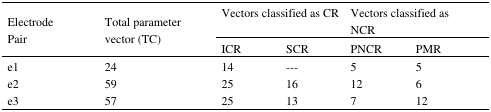
<table><thead><tr><td rowspan="3"><b>Electrode Pair</b></td><td rowspan="3"><b>Total parameter vector (TC)</b></td><td colspan="2"><b>Vectors classified as CR</b></td><td colspan="2"><b>Vectors classified as NCR</b></td></tr><tr><td><b>ICR</b></td><td><b>SCR</b></td><td><b>PNCR</b></td><td><b>PMR</b></td></tr></thead><tbody><tr><td>e1</td><td>24</td><td>14</td><td>---</td><td>5</td><td>5</td></tr><tr><td>e2</td><td>59</td><td>25</td><td>16</td><td>12</td><td>6</td></tr><tr><td>e3</td><td>57</td><td>25</td><td>13</td><td>7</td><td>12</td></tr></tbody></table>